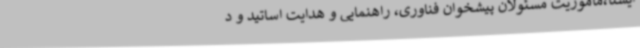
ایسنا،مأموریت مسئولان پیشخوان فناوری، راهنمایی و هدایت اساتید و د